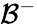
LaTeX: \mathcal{B}^{-}